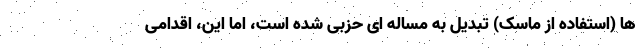
ها (استفاده از ماسک) تبدیل به مساله ای حزبی شده است، اما این، اقدامی